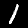
Label: 1